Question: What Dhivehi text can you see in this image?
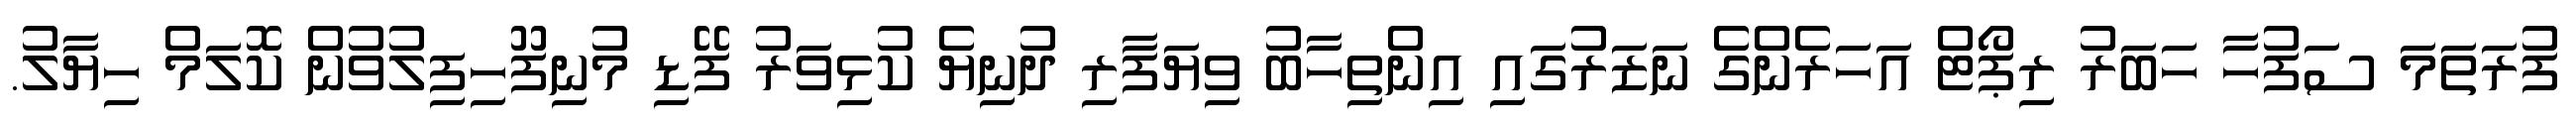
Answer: ފުރަތަމަ ސަފުހާ ހަބަރު ރިޕޯޓް އަހަރެންގެ ނަޒަރުގައި އިންތިހާބު ވިޔަފާރި ދުނިޔެ ކުޅިވަރު ފޭޑި މުނިފޫހިފިލުވުން ކޮލަމް ހިޔާލު.